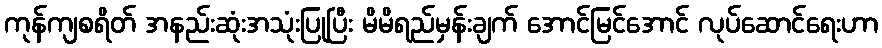
ကုန်ကျစရိတ် အနည်းဆုံးအသုံးပြုပြီး မိမိရည်မှန်းချက် အောင်မြင်အောင် လုပ်ဆောင်ရေးဟာ